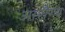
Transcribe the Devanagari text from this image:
आरॊग्य